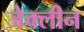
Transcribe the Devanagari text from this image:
जेक्लीन